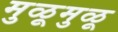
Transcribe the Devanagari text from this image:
मुळूमुळू